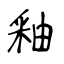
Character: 釉